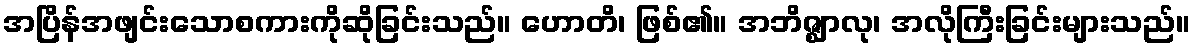
အပြိန်အဖျင်းသောစကားကိုဆိုခြင်းသည်။ ဟောတိ၊ ဖြစ်၏။ အဘိဇ္ဈာလု၊ အလိုကြီးခြင်းများသည်။